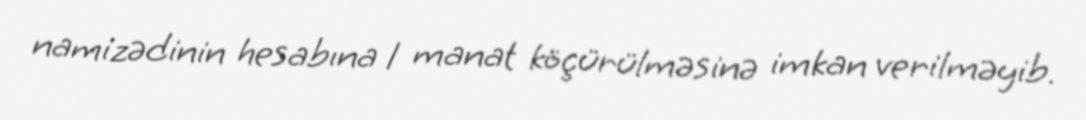
namizədinin hesabına 1 manat köçürülməsinə imkan verilməyib.